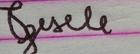
Signature authenticity: forged